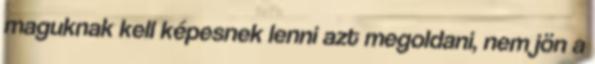
maguknak kell képesnek lenni azt megoldani, nem jön a